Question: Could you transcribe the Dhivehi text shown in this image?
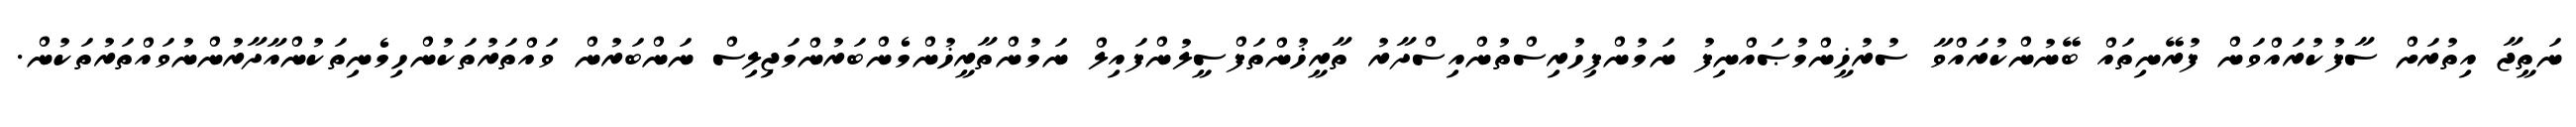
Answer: ނަތީޖާ އިތުރަށް ސާފުކުރައްވަން ފުރޭނިތައް ބޭނުންކުރައްވާ ސުރުޚީންމުޞައްނިފު ނަމުންފިހުރިސްތުންއިސްދާރު ތާރީޚުންތަފްސީލުންފައިލް ނަމުންތާރީޚުންމެންބަރުންމަޖިލިސް ނަންބަރުން ވައްތަރުތަކުންހިމެނިތަކުންއާދާރުންނުވައްތަރުތަކުން.